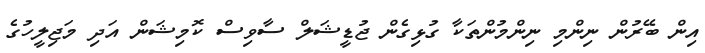
އިން ބޭރުން ނިންމި ނިންމުންތަކާ ގުޅިގެން ޖުޑީޝަލް ސާވިސް ކޮމިޝަން އަދި މަޖިލީހުގެ